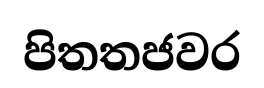
පිතතජවර